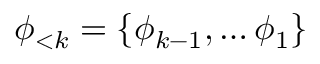
\phi _ { < k } = \{ \phi _ { k - 1 } , \dots \phi _ { 1 } \}